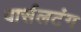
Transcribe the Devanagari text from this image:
पार्सलटंग